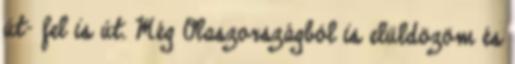
út- fel is út. Még Olaszországból is elüldözöm és